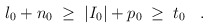
\begin{align*}l_0 + n_0 \;\geq\; |I_0| + p_0 \;\geq\; t_0 \;\;\; . \end{align*}